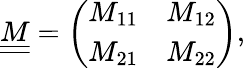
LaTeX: \begin{array}{r}{\underline{{\underline{{M}}}}=\left(\begin{array}{ll}{M_{11}}&{M_{12}}\\ {M_{21}}&{M_{22}}\end{array}\right),}\end{array}